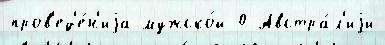
пров'ед'е́н'иjа мужско́й 0 Австра́л'иjи